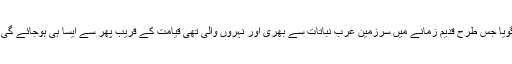
گویا جس طرح قدیم زمانے میں سرزمین عرب نباتات سے بھری اور نہروں والی تھی قیامت کے قریب پھر سے ایسا ہی ہوجائے گی ۔